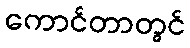
ကောင်တာတွင်